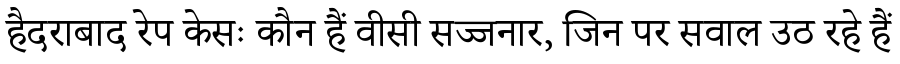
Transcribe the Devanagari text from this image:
हैदराबाद रेप केसः कौन हैं वीसी सज्जनार, जिन पर सवाल उठ रहे हैं